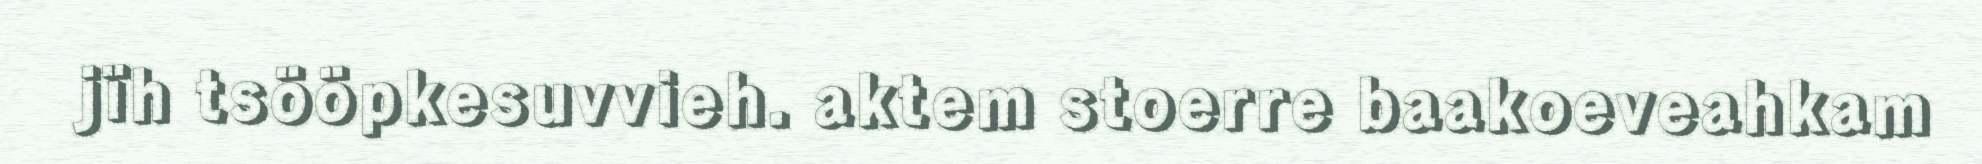
jïh tsööpkesuvvieh. aktem stoerre baakoeveahkam